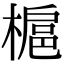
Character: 槴